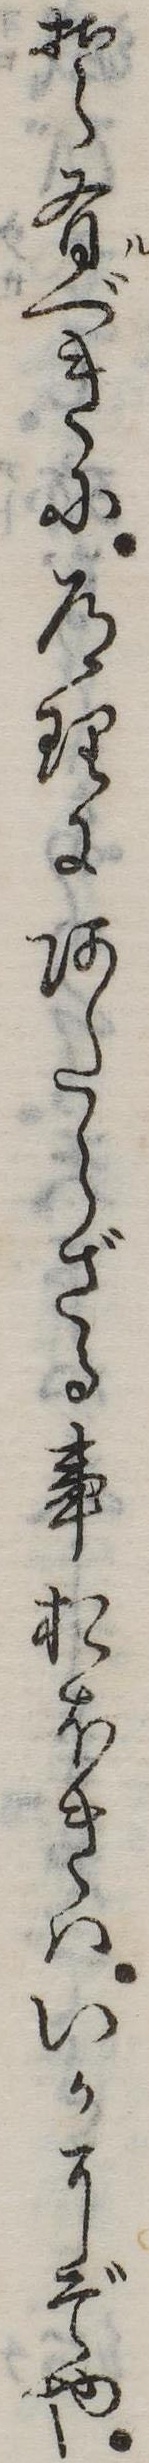
そ有べきに道理にあたらざる事おほきはいかにぞや